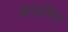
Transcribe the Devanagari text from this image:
बाउरिंग